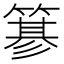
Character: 𥲲